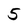
Character: 5